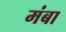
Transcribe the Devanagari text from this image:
मंबा